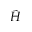
\tilde { H }